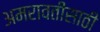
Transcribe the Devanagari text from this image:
अमरावतीसाठी